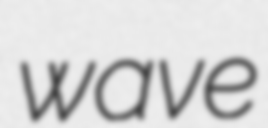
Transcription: wave